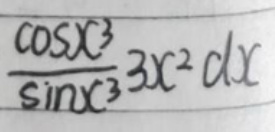
\frac{\cos x^{3}}{\sin x^{3}}3x^{2}\mathrm{d}x